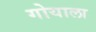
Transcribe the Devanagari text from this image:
गोयाला